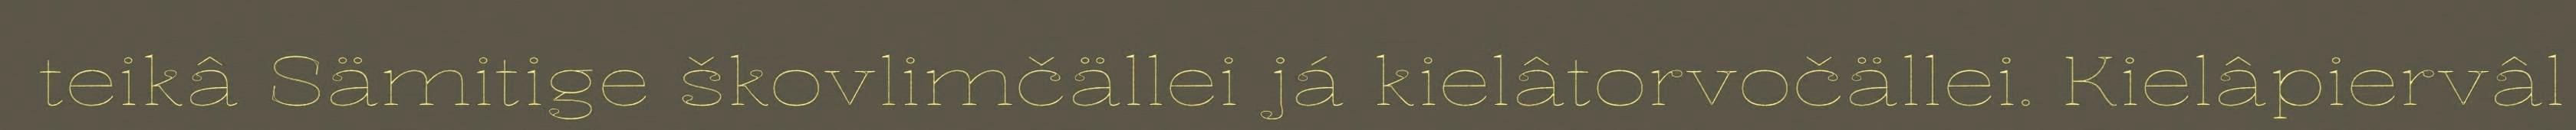
teikâ Sämitige škovlimčällei já kielâtorvočällei. Kielâpiervâl